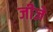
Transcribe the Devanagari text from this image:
जीजे